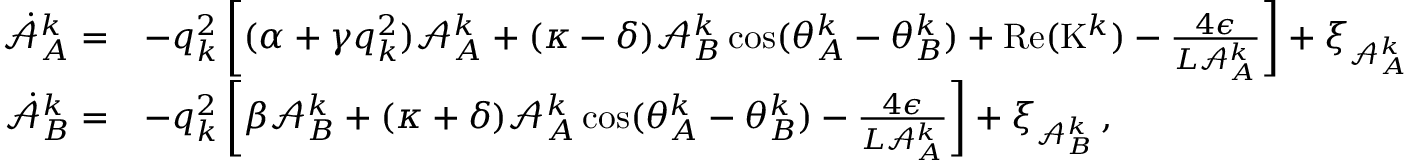
\begin{array} { r l } { \dot { \mathcal { A } } _ { A } ^ { k } = } & { - q _ { k } ^ { 2 } \left[ ( \alpha + \gamma q _ { k } ^ { 2 } ) \mathcal { A } _ { A } ^ { k } + ( \kappa - \delta ) \mathcal { A } _ { B } ^ { k } \cos ( \theta _ { A } ^ { k } - \theta _ { B } ^ { k } ) + \mathrm { R e } ( \mathrm { K } ^ { k } ) - \frac { 4 \epsilon } { L \mathcal { A } _ { A } ^ { k } } \right] + \xi _ { \mathcal { A } _ { A } ^ { k } } } \\ { \dot { \mathcal { A } } _ { B } ^ { k } = } & { - q _ { k } ^ { 2 } \left[ \beta \mathcal { A } _ { B } ^ { k } + ( \kappa + \delta ) \mathcal { A } _ { A } ^ { k } \cos ( \theta _ { A } ^ { k } - \theta _ { B } ^ { k } ) - \frac { 4 \epsilon } { L \mathcal { A } _ { A } ^ { k } } \right] + \xi _ { \mathcal { A } _ { B } ^ { k } } \, , } \end{array}